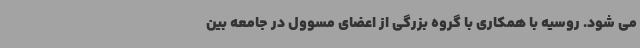
می شود. روسیه با همکاری با گروه بزرگی از اعضای مسوول در جامعه بین